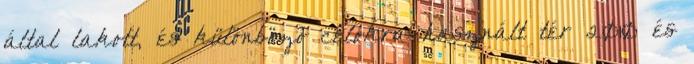
által lakott, és különböző célokra használt tér 2010 és